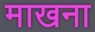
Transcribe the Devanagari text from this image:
माखना